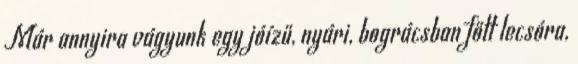
Már annyira vágyunk egy jóízű, nyári, bográcsban főtt lecsóra,